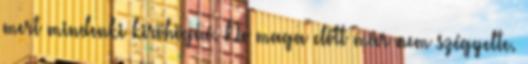
mert mindenki kiröhögné. De maga előtt már nem szégyelte.